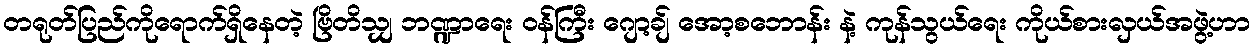
တရုတ်ပြည်ကိုရောက်ရှိနေတဲ့ ဗြိတိသျှ ဘဏ္ဍာရေး ဝန်ကြီး ဂျော့ချ် အော့စဘောန်း နဲ့ ကုန်သွယ်ရေး ကိုယ်စားလှယ်အဖွဲ့ဟာ